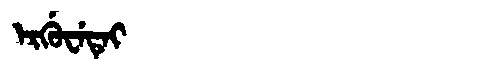
Manchu: ᡝᡵᡤᡠᠸᡝᡨᡝᡳ
Romanization: ERGUWETEI